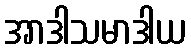
အာဒါသမာဒါယ